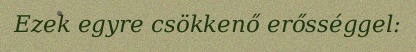
Ezek egyre csökkenő erősséggel: